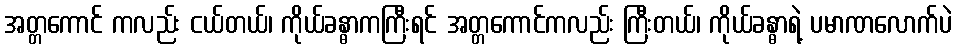
အတ္တကောင် ကလည်း ငယ်တယ်၊ ကိုယ်ခန္ဓာကကြီးရင် အတ္တကောင်ကလည်း ကြီးတယ်၊ ကိုယ်ခန္ဓာရဲ့ ပမာဏလောက်ပဲ